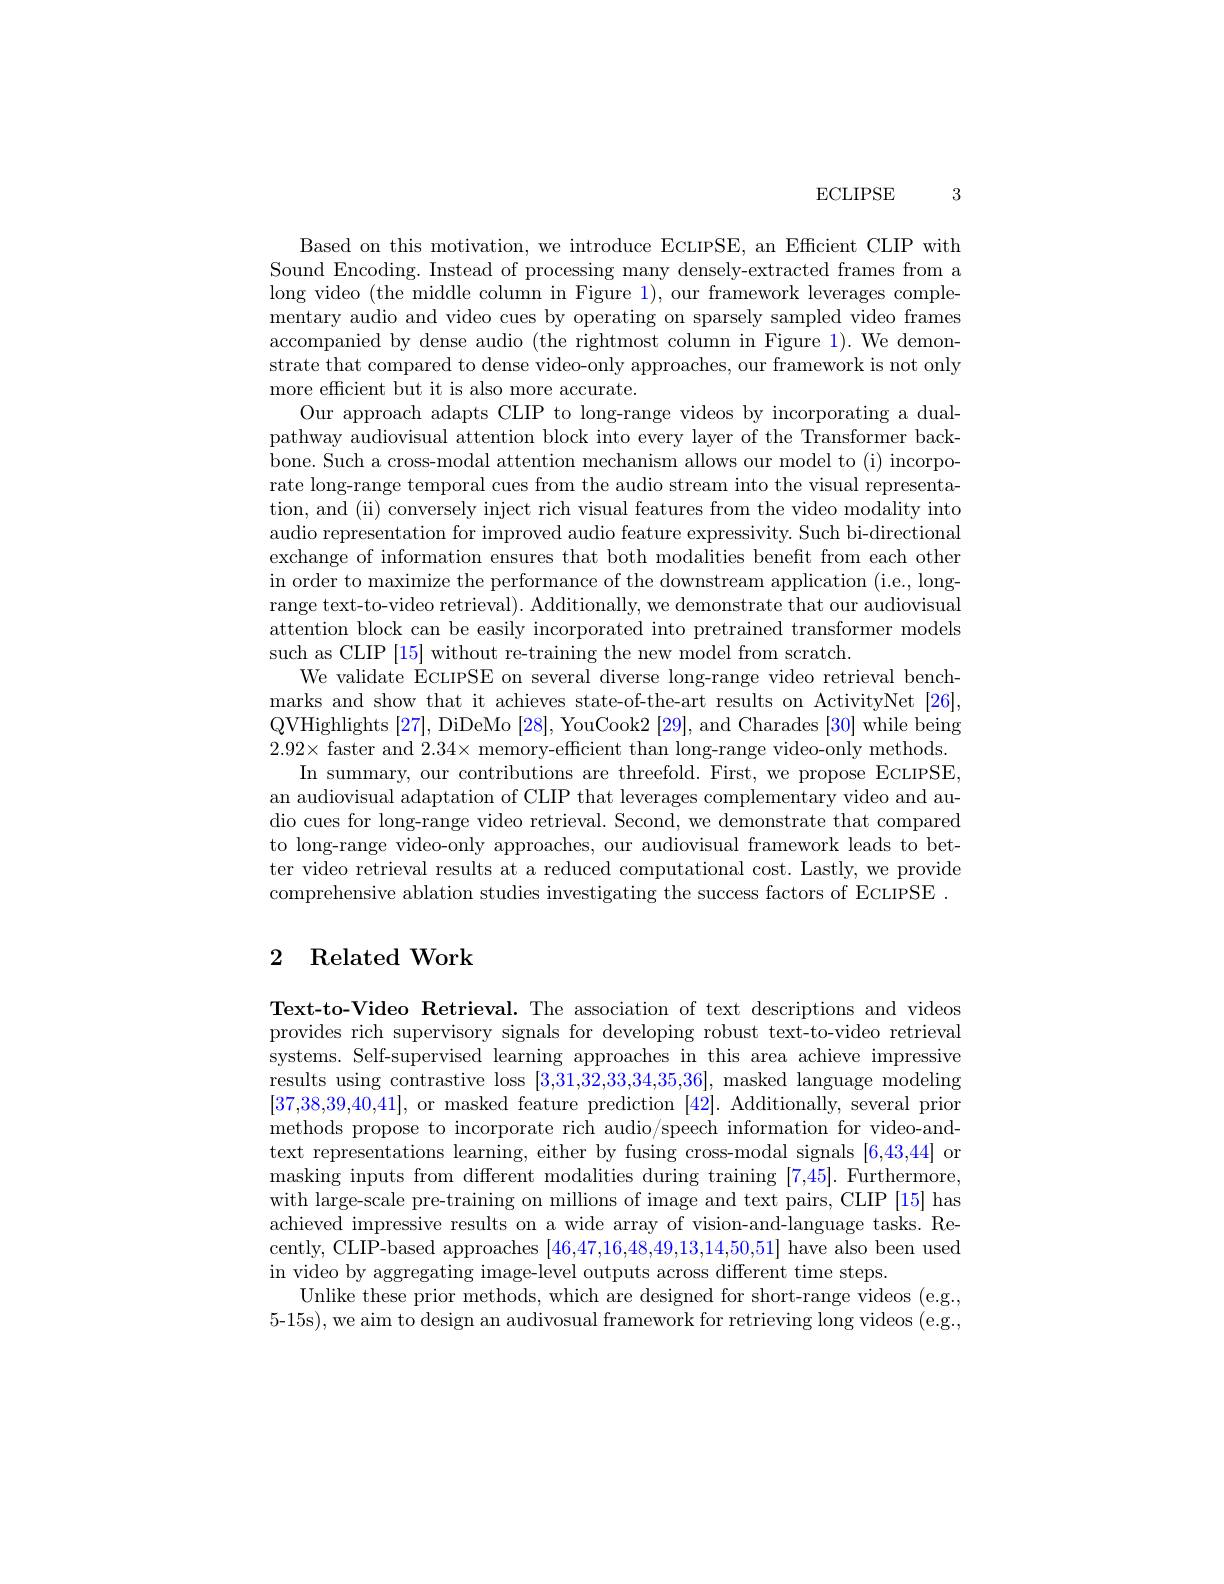
ECLIPSE

3

Based on this motivation, we introduce ECLIPSE, an Efficient CLIP with Sound Encoding. Instead of processing many densely-extracted frames from a long video (the middle column in Figure 1), our framework leverages complementary audio and video cues by operating on sparsely sampled video frames accompanied by dense audio (the rightmost column in Figure 1). We demonstrate that compared to dense video-only approaches, our framework is not only more effcient but it is also more accurate.
Our approach adapts CLIP to long-range videos by incorporating a dualpathway audiovisual attention block into every layer of the Transformer backbone. Such a cross-modal attention mechanism allows our model to (i) incorporate long-range temporal cues from the audio stream into the visual representation, and (ii) conversely inject rich visual features from the video modality into audio representation for improved audio feature expressivity. Such bi-directional exchange of information ensures that both modalities benefit from each other in order to maximize the performance of the downstream application (i.e., longrange text-to-video retrieval). Additionally, we demonstrate that our audiovisual attention block can be easily incorporated into pretrained transformer models such as CLIP [15] without re-training the new model from scratch.
We validate ECLIPSE on several diverse long-range video retrieval benchmarks and show that it achieves state-of-the-art results on ActivityNet [26], QVHighlights [27], DiDeMo [28], YouCook2 [29], and Charades [30] while being $2.92\times$ faster and $2.34\times$ memory-efficient than long-range video-only methods.
In summary, our contributions are threefold. First, we propose ECLIPSE, an audiovisual adaptation of CLIP that leverages complementary video and audio cues for long-range video retrieval. Second, we demonstrate that compared to long-range video-only approaches, our audiovisual framework leads to better video retrieval results at a reduced computational cost. Lastly, we provide comprehensive ablation studies investigating the success factors of ECLIPSE .

## 2 Related Work

Text-to-Video Retrieval. The association of text descriptions and videos provides rich supervisory signals for developing robust text-to-video retrieval systems. Self-supervised learning approaches in this area achieve impressive results using contrastive loss [3,31,32,33,34,35,36], masked language modeling [37,38,39,40,41], or masked feature prediction [42]. Additionally, several prior methods propose to incorporate rich audio/speech information for video-andtext representations learning, either by fusing cross-modal signals [6,43,44] or masking inputs from different modalities during training [7,45]. Furthermore, with large-scale pre-training on millions of image and text pairs, CLIP [15] has achieved impressive results on a wide array of vision-and-language tasks. Recently, CLIP-based approaches [46,47,16,48,49,13,14,50,51] have also been used in video by aggregating image-level outputs across different time steps.
Unlike these prior methods, which are designed for short-range videos (e.g., 5-15s), we aim to design an audivosual framework for retrieving long videos (e.g.,